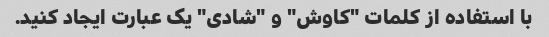
با استفاده از کلمات "کاوش" و "شادی" یک عبارت ایجاد کنید.